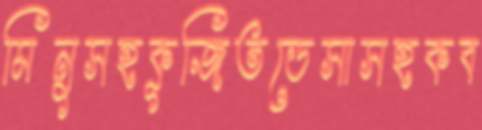
মিনুসহকূজিতডেসাসহকব